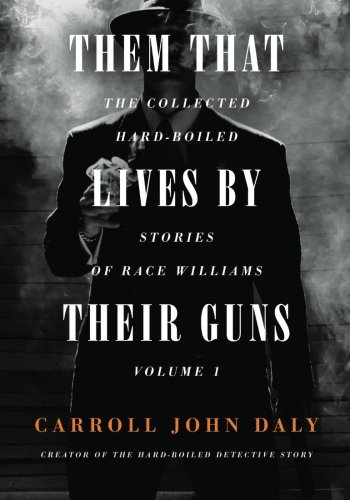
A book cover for Them That Lives By Their Guns: The Collected Hard-Boiled Stories of Race Williams Volume 1; Carroll John Daly; Mystery, Thriller & Suspense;